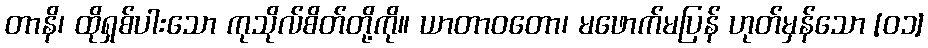
တာနိ၊ ထိုရှစ်ပါးသော ကုသိုလ်စိတ်တို့ကို။ ယာတာဝတော၊ မဖောက်မပြန် ဟုတ်မှန်သော [၀၁]